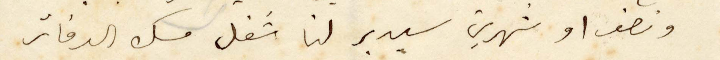
ونصف او شهرين سيدبر لنا شغل مسك الدفاتر